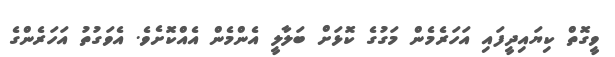
ވީގޮތް ކިޔައިދީފައި އަހަރެމެން މަގުގެ ކޮޅަށް ބަލާލީ އެންމެން އެއްކޮށެވެ. އެވަގުތު އަހަރެންގެ